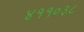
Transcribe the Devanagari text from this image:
४११०३८